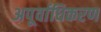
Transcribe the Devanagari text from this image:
अपूर्वाधिकरण